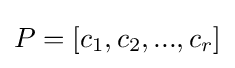
P=[c_{1},c_{2},...,c_{r}]